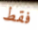
فقط